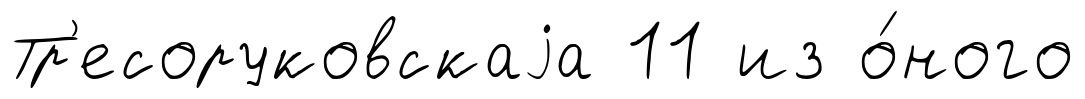
Тр'есоруковскаjа 11 из о́ного